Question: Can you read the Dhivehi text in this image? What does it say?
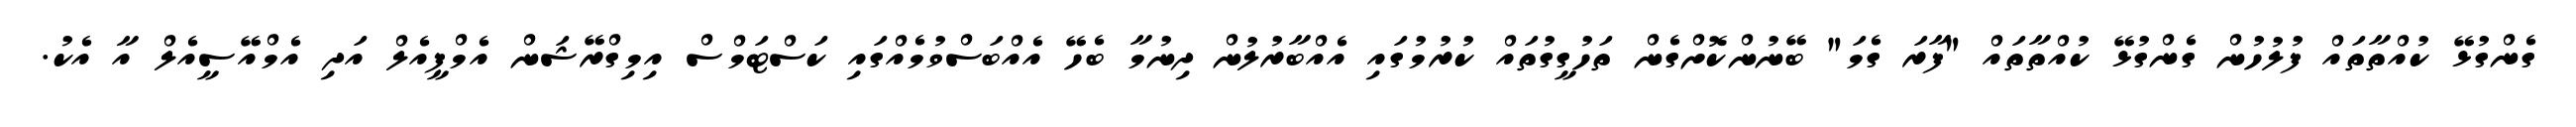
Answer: ގެންގުޅޭ ކުއްތާތައް ފުލުހުން ގެންގުޅޭ ކުއްތާތައް "ފާރަ ގެމަ" ބޭނުންކޮށްގެން ތަހުގީގުތައް ކުރުމުގައި އެއްބާރުލުން ދިނުމާ ބެހޭ އެއްބަސްވުމެއްގައި ކަސްޓަމްސް އިމިގްރޭޝަން އެމްޕީއެލް އަދި އެމްއޭސީއެލް އާ އެކު.